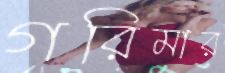
গরিমার